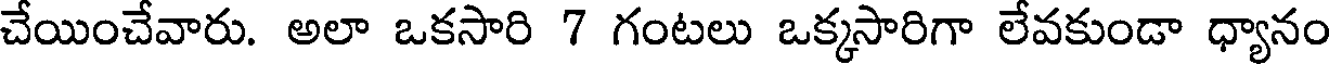
చేయించేవారు. అలా ఒకసారి 7 గంటలు ఒక్కసారిగా లేవకుండా ధ్యానం